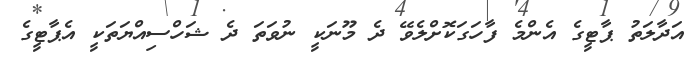
އަދާލަތު ޕާޓީގެ އެންމެ ފާހަަގަކޮށްލެވޭ ދެ މޫނަކީ ނުވަތަ ދެ ޝަހްސިއްޔަތަކީ އެޕާޓީގެ